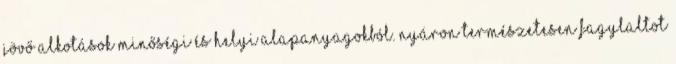
jövő alkotások minőségi és helyi alapanyagokból. Nyáron természetesen fagylaltot